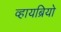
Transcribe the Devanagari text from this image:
व्हायब्रियो